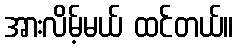
အားလိမ့်မယ် ထင်တယ်။